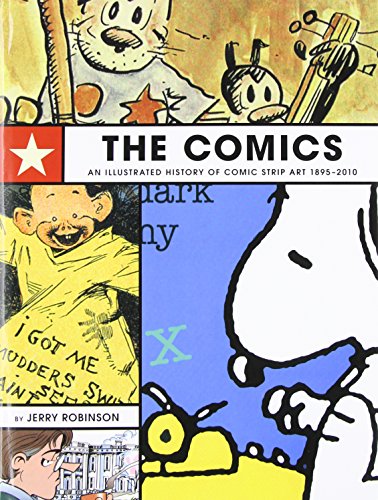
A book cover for The Comics: An Illustrated History of Comic Strip Art; Jerry Robinson; Crafts, Hobbies & Home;